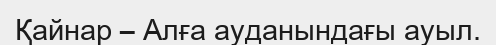
Қайнар – Алға ауданындағы ауыл.